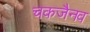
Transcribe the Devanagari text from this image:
चकजैनव